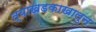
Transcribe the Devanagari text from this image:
त्याखडकाखालुन